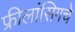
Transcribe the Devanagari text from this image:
फ्रीलांसिगचे